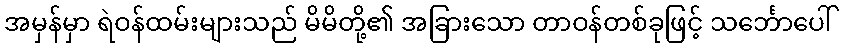
အမှန်မှာ ရဲဝန်ထမ်းများသည် မိမိတို့၏ အခြားသော တာဝန်တစ်ခုဖြင့် သင်္ဘောပေါ်